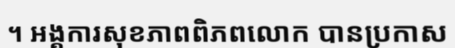
។ អង្គការសុខភាពពិភពលោក បានប្រកាស